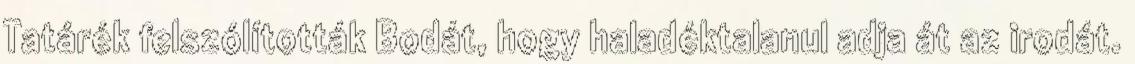
Tatárék felszólították Bodát, hogy haladéktalanul adja át az irodát.